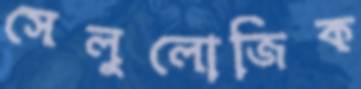
সেলুলোজিক